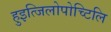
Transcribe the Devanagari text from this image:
हुइत्जिलोपोच्टिलि